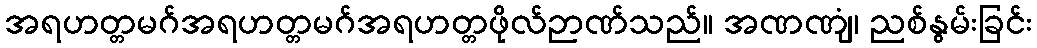
အရဟတ္တမဂ်အရဟတ္တမဂ်အရဟတ္တဖိုလ်ဉာဏ်သည်။ အဏဏျံ၊ ညစ်နွမ်းခြင်း